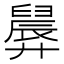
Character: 𪪸